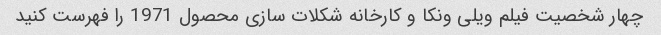
چهار شخصیت فیلم ویلی ونکا و کارخانه شکلات سازی محصول 1971 را فهرست کنید